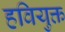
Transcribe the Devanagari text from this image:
हवियुक्त